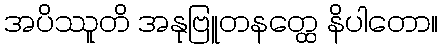
အပိဿူတိ အနုဗြူတနတ္ထေ နိပါတော။